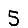
Digit: 5